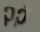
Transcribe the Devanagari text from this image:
२२ॅ